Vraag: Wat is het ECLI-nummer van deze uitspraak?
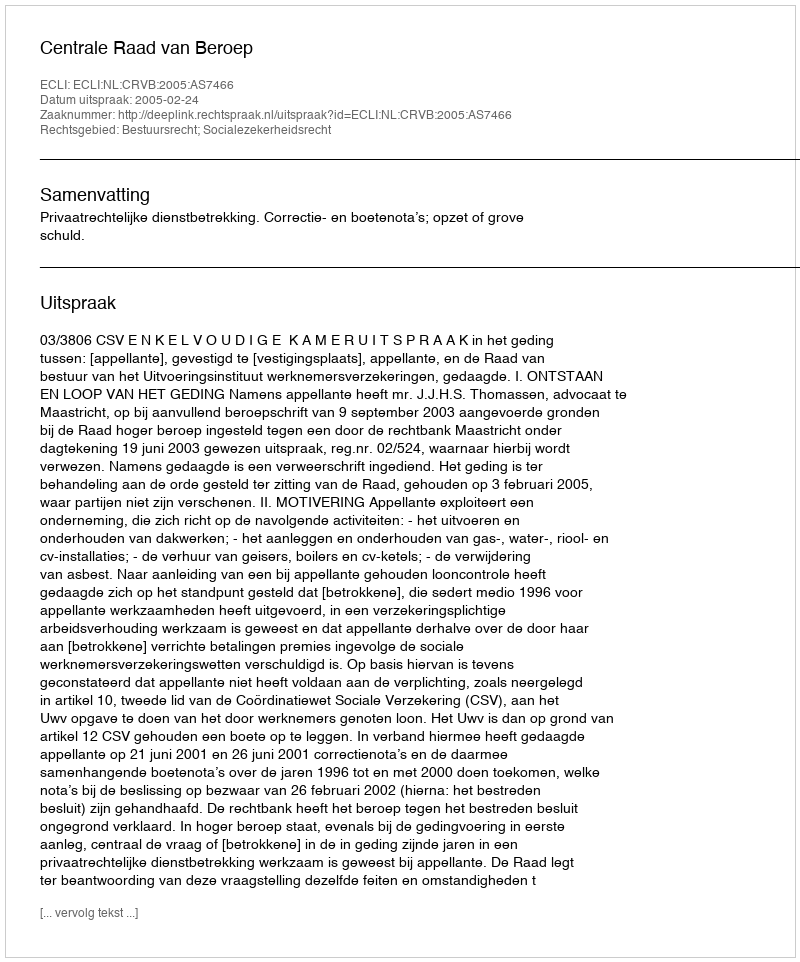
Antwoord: ECLI:NL:CRVB:2005:AS7466